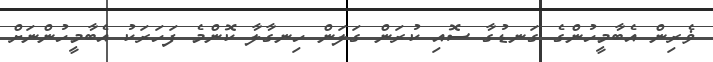
ޥެރިން އެބާމީހުންގެ ގަނޑުގާ ސޮއި ކުރަން ގަލަން ހިނގާލާ ކޮންމެ ފަހަރަކު އެބާމީހުންނަށް